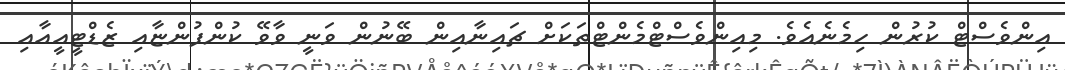
އިންވެސްޓް ކުރުން ހިމެނެއެވެ. މިއިންވެސްޓްމެންޓްތަކަށް ޗައިނާއިން ބޭނުން ވަނީ ވާވޭ ކުންފުންޏާއި ޒެޑްޓީއީއާއި